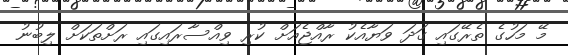
މޭ މަހުގެ ތެރޭގައި ގަދަ ވަޔާއެކު ރާއްޖެއަށް ކުރި ވިއްސާރައިގައި ރަށްތަކަށް ލިބުނު